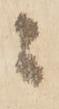
ニ